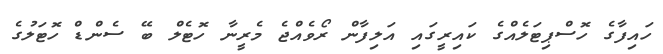
ހައިފާގެ ހޮސްޕިޓަލެއްގެ ކައިރީގައި އަލިފާން ރޯވެއްޖެ މެރީނާ ހޮޓެލް ބޭ ސެންޑް ހޮޓަލުގެ